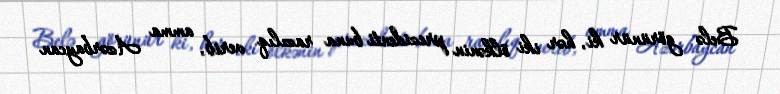
Belə görünür ki, hər iki ölkənin prezidenti buna razılıq verib, amma Azərbaycan